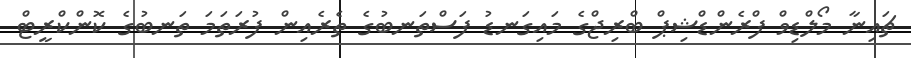
ޗައިނާ މޯލްޑިވް ފްރެންޑްޝިޕް ބްރިޖްގެ މައިގަނޑު ފަސްތަނބުގެ ތެރެއިން ފުރަތަމަ ތަނބުގެ ކޮންކްރީޓް